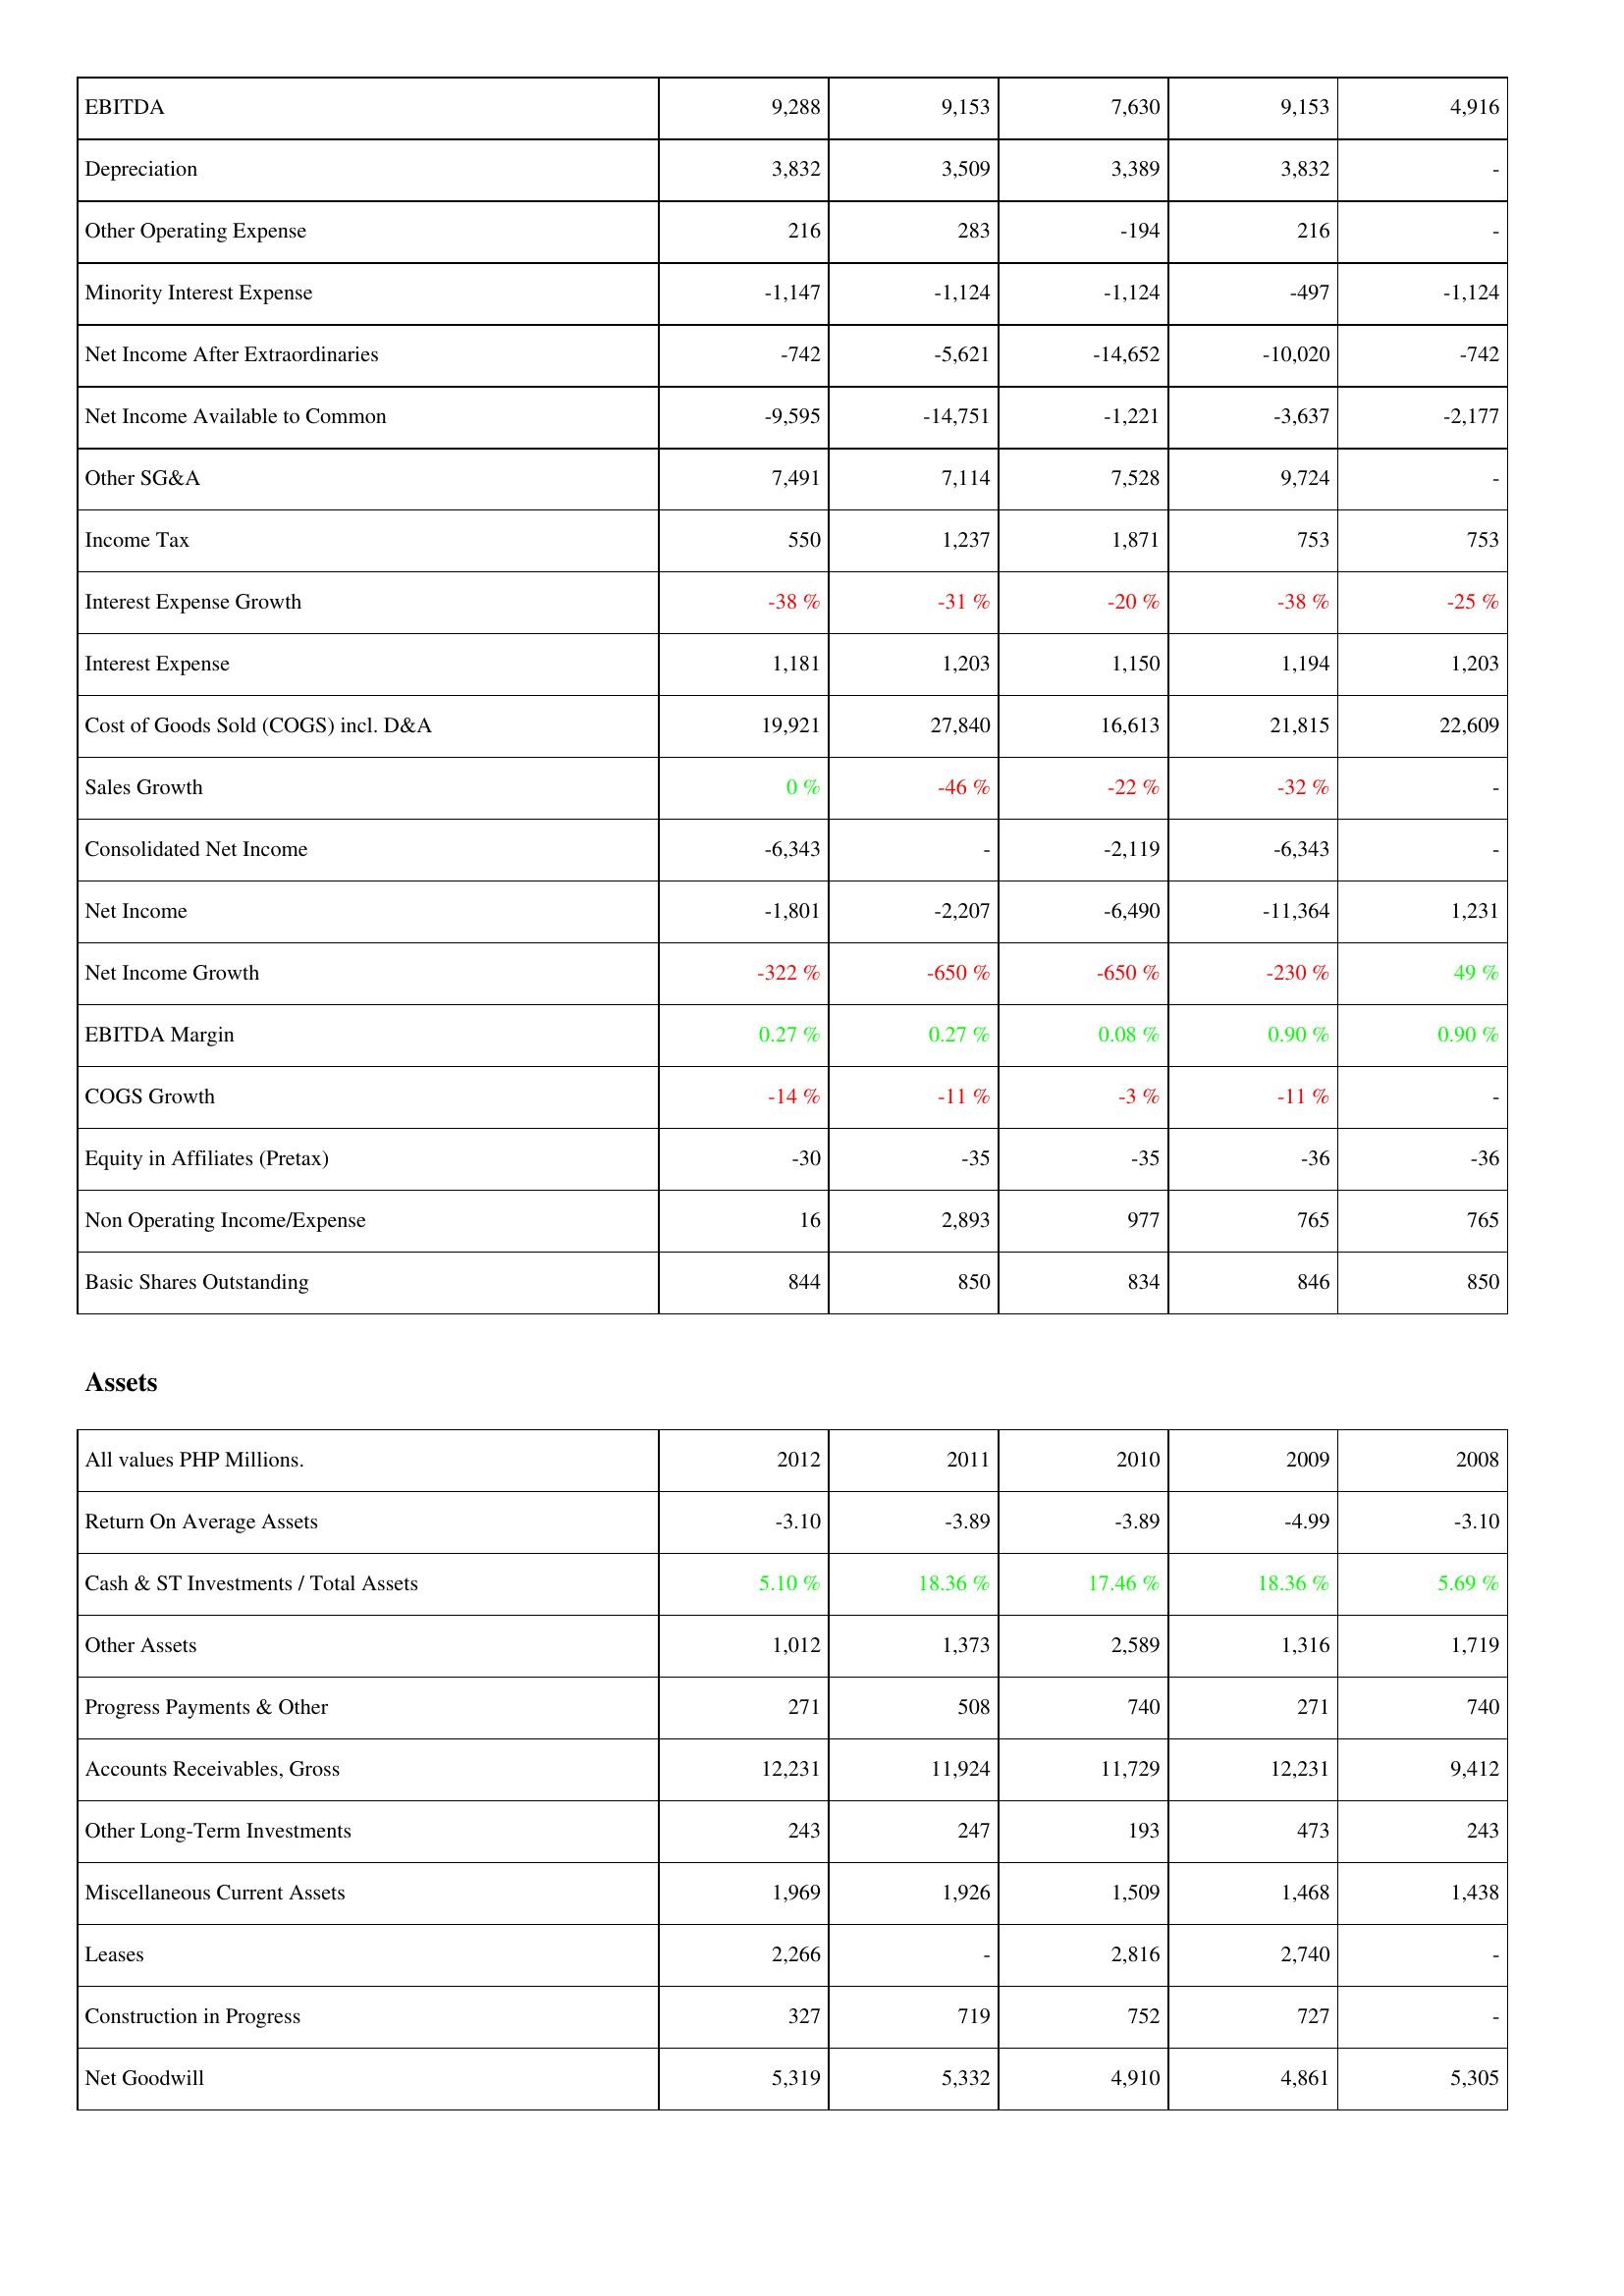
2012: Income Statement: EBITDA: 9,288
Depreciation: 3,832
Other Operating Expense: 216
Minority Interest Expense: -1,147
Net Income After Extraordinaries: -742
Net Income Available to Common: -9,595
Other SG&A: 7,491
Income Tax: 550
Interest Expense Growth: -38 %
Interest Expense: 1,181
Cost of Goods Sold (COGS) incl. D&A: 19,921
Sales Growth: 0 %
Consolidated Net Income: -6,343
Net Income: -1,801
Net Income Growth: -322 %
EBITDA Margin: 0.27 %
COGS Growth: -14 %
Equity in Affiliates (Pretax): -30
Non Operating Income/Expense: 16
Basic Shares Outstanding: 844
Assets: Return On Average Assets: -3.10
Cash & ST Investments / Total Assets: 5.10 %
Other Assets: 1,012
Progress Payments & Other: 271
Accounts Receivables, Gross: 12,231
Other Long-Term Investments: 243
Miscellaneous Current Assets: 1,969
Leases: 2,266
Construction in Progress: 327
Net Goodwill: 5,319
2011: Income Statement: EBITDA: 9,153
Depreciation: 3,509
Other Operating Expense: 283
Minority Interest Expense: -1,124
Net Income After Extraordinaries: -5,621
Net Income Available to Common: -14,751
Other SG&A: 7,114
Income Tax: 1,237
Interest Expense Growth: -31 %
Interest Expense: 1,203
Cost of Goods Sold (COGS) incl. D&A: 27,840
Sales Growth: -46 %
Consolidated Net Income: -
Net Income: -2,207
Net Income Growth: -650 %
EBITDA Margin: 0.27 %
COGS Growth: -11 %
Equity in Affiliates (Pretax): -35
Non Operating Income/Expense: 2,893
Basic Shares Outstanding: 850
Assets: Return On Average Assets: -3.89
Cash & ST Investments / Total Assets: 18.36 %
Other Assets: 1,373
Progress Payments & Other: 508
Accounts Receivables, Gross: 11,924
Other Long-Term Investments: 247
Miscellaneous Current Assets: 1,926
Leases: -
Construction in Progress: 719
Net Goodwill: 5,332
2010: Income Statement: EBITDA: 7,630
Depreciation: 3,389
Other Operating Expense: -194
Minority Interest Expense: -1,124
Net Income After Extraordinaries: -14,652
Net Income Available to Common: -1,221
Other SG&A: 7,528
Income Tax: 1,871
Interest Expense Growth: -20 %
Interest Expense: 1,150
Cost of Goods Sold (COGS) incl. D&A: 16,613
Sales Growth: -22 %
Consolidated Net Income: -2,119
Net Income: -6,490
Net Income Growth: -650 %
EBITDA Margin: 0.08 %
COGS Growth: -3 %
Equity in Affiliates (Pretax): -35
Non Operating Income/Expense: 977
Basic Shares Outstanding: 834
Assets: Return On Average Assets: -3.89
Cash & ST Investments / Total Assets: 17.46 %
Other Assets: 2,589
Progress Payments & Other: 740
Accounts Receivables, Gross: 11,729
Other Long-Term Investments: 193
Miscellaneous Current Assets: 1,509
Leases: 2,816
Construction in Progress: 752
Net Goodwill: 4,910
2009: Income Statement: EBITDA: 9,153
Depreciation: 3,832
Other Operating Expense: 216
Minority Interest Expense: -497
Net Income After Extraordinaries: -10,020
Net Income Available to Common: -3,637
Other SG&A: 9,724
Income Tax: 753
Interest Expense Growth: -38 %
Interest Expense: 1,194
Cost of Goods Sold (COGS) incl. D&A: 21,815
Sales Growth: -32 %
Consolidated Net Income: -6,343
Net Income: -11,364
Net Income Growth: -230 %
EBITDA Margin: 0.90 %
COGS Growth: -11 %
Equity in Affiliates (Pretax): -36
Non Operating Income/Expense: 765
Basic Shares Outstanding: 846
Assets: Return On Average Assets: -4.99
Cash & ST Investments / Total Assets: 18.36 %
Other Assets: 1,316
Progress Payments & Other: 271
Accounts Receivables, Gross: 12,231
Other Long-Term Investments: 473
Miscellaneous Current Assets: 1,468
Leases: 2,740
Construction in Progress: 727
Net Goodwill: 4,861
2008: Income Statement: EBITDA: 4,916
Depreciation: -
Other Operating Expense: -
Minority Interest Expense: -1,124
Net Income After Extraordinaries: -742
Net Income Available to Common: -2,177
Other SG&A: -
Income Tax: 753
Interest Expense Growth: -25 %
Interest Expense: 1,203
Cost of Goods Sold (COGS) incl. D&A: 22,609
Sales Growth: -
Consolidated Net Income: -
Net Income: 1,231
Net Income Growth: 49 %
EBITDA Margin: 0.90 %
COGS Growth: -
Equity in Affiliates (Pretax): -36
Non Operating Income/Expense: 765
Basic Shares Outstanding: 850
Assets: Return On Average Assets: -3.10
Cash & ST Investments / Total Assets: 5.69 %
Other Assets: 1,719
Progress Payments & Other: 740
Accounts Receivables, Gross: 9,412
Other Long-Term Investments: 243
Miscellaneous Current Assets: 1,438
Leases: -
Construction in Progress: -
Net Goodwill: 5,305